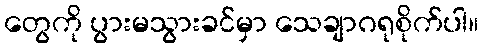
တွေကို ပွားမသွားခင်မှာ သေချာဂရုစိုက်ပါ။